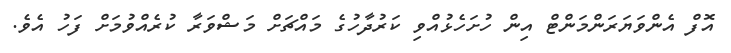
އޮފް އެންވަޔަރަންމަންޓް އިން ހުށަހެޅުއްވި ކަރުދާހުގެ މައްޗަށް މަޝްވަރާ ކުރެއްވުމަށް ފަހު އެވެ.